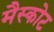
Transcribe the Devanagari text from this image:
मैस्कोट